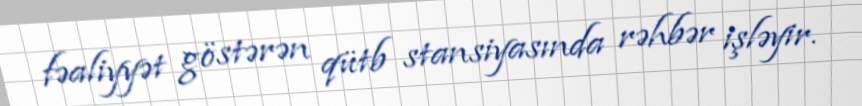
fəaliyyət göstərən qütb stansiyasında rəhbər işləyir.